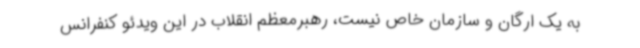
به یک ارگان و سازمان خاص نیست، رهبرمعظم انقلاب در این ویدئو کنفرانس